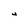
Character: 4